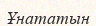
Ұнататын